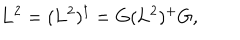
LaTeX: \mathbf { L } ^ { 2 } = ( \mathbf { L } ^ { 2 } ) ^ { \dagger } = G ( \mathbf { L } ^ { 2 } ) ^ { + } G ,